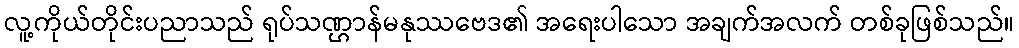
လူ့ကိုယ်တိုင်းပညာသည် ရုပ်သဏ္ဌာန်မနုဿဗေဒ၏ အရေးပါသော အချက်အလက် တစ်ခုဖြစ်သည်။